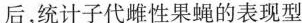
后，统计子代雌性果蝇的表现型